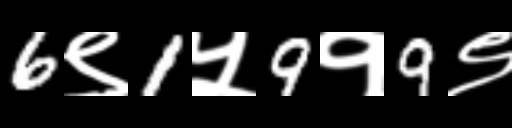
Text: 6९1५9१9९